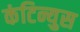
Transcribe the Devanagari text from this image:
कंटिन्युस